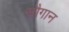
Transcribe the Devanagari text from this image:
सौगान